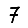
Digit: 7